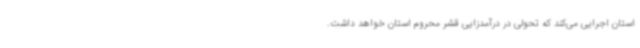
استان اجرایی می‌کند که تحولی در درآمدزایی قشر محروم استان خواهد داشت.